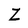
Character: Z